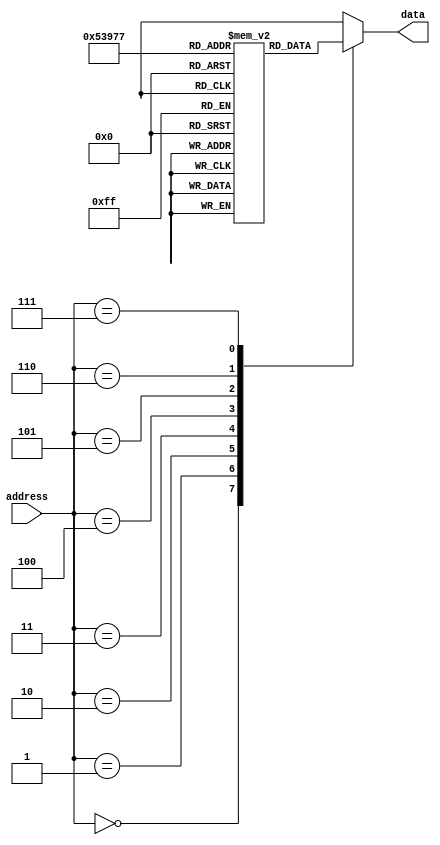
module rom (
    input wire [2:0] address,
    output reg [7:0] data
);

reg [7:0] memory [7:0]; // Declare an array to store data for each memory location

always @(*) begin
    case(address)
        3'd0: data = memory[0]; // Output data based on address
        3'd1: data = memory[1];
        3'd2: data = memory[2];
        3'd3: data = memory[3];
        3'd4: data = memory[4];
        3'd5: data = memory[5];
        3'd6: data = memory[6];
        3'd7: data = memory[7];
        default: data = 8'b0; // Output 0 for out-of-range addresses
    endcase
end

// Initialization of memory locations with fixed data
initial begin
    memory[0] = 8'b00000000;
    memory[1] = 8'b11111111;
    memory[2] = 8'b01010101;
    memory[3] = 8'b10101010;
    memory[4] = 8'b11001100;
    memory[5] = 8'b00110011;
    memory[6] = 8'b11110000;
    memory[7] = 8'b00001111;
end

endmodule